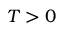
T > 0